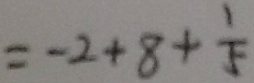
= - 2 + 8 + \frac { 1 } { 5 }